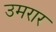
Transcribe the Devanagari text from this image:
उमरार